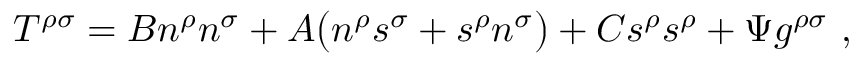
T ^ { \rho \sigma } = { \cal B } n ^ { \rho } n ^ { \sigma } + { \cal A } \big ( n ^ { \rho } s ^ { \sigma } + s ^ { \rho } n ^ { \sigma } \big ) + { \cal C } s ^ { \rho } s ^ { \rho } + \Psi g ^ { \rho \sigma } \ ,